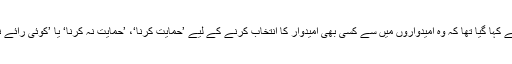
ان ارکان سے کہا گیا تھا کہ وہ امیدواروں میں سے کسی بھی امیدوار کا انتخاب کرنے کے لیے ’حمایت کرنا‘، ’حمایت نہ کرنا‘ یا ’کوئی رائے نہیں‘ لکھیں۔